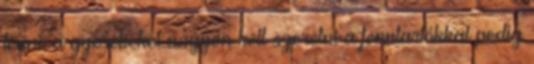
lenni, a gyerekeket nagyon kell szeretni a fenntartókkal pedig